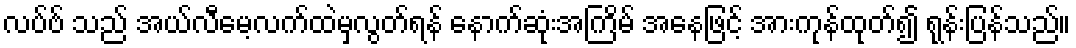
လပ်ဗ် သည် အယ်လီမေ့လက်ထဲမှလွတ်ရန် နောက်ဆုံးအကြိမ် အနေဖြင့် အားကုန်ထုတ်၍ ရုန်းပြန်သည်။